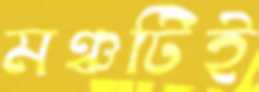
মঞ্চটিই